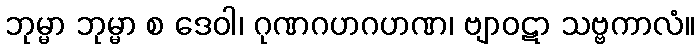
ဘုမ္မာ ဘုမ္မာ စ ဒေဝါ၊ ဂုဏဂဟဂဟဏ၊ ဗျာဝဋာ သဗ္ဗကာလံ။